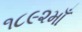
૧૮૯૨માઁ